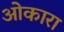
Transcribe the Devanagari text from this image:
ओकारा